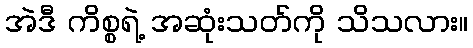
အဲဒီ ကိစ္စရဲ့ အဆုံးသတ်ကို သိသလား။